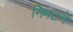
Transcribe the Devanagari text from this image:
निमटने